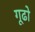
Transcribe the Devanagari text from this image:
गूढो